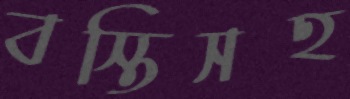
বস্তিসহ